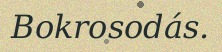
Bokrosodás.